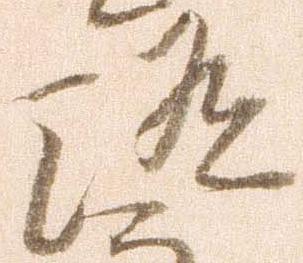
随